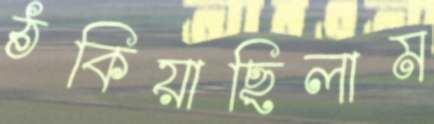
ঠকিয়াছিলাম